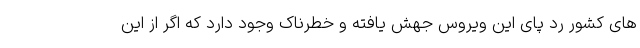
های کشور رد پای این ویروس جهش یافته و خطرناک وجود دارد که اگر از این